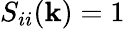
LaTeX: S_{ii}(\mathbf{k})=1